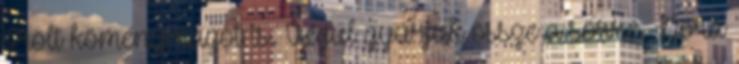
őrölt köménymagot is. Végül gyúrjuk össze a sörre. Dóra